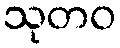
သုတဝ